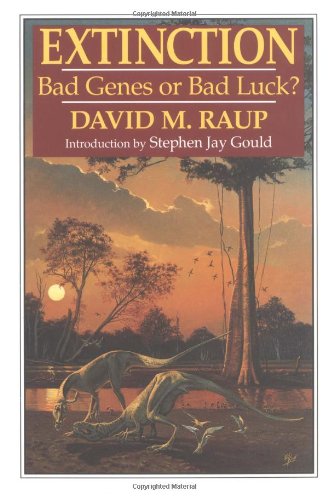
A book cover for Extinction: Bad Genes or Bad Luck?; David M. Raup; Science & Math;